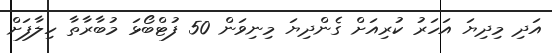
އަދި މިދިޔަ އަހަރު ކުރިއަށް ގެންދިޔަ މިނިވަން 50 ފުޓްބޯޅަ މުބާރާތާ ހިލާފަށް